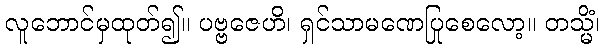
လူဘောင်မှထုတ်၍။ ပဗ္ဗဇေဟိ၊ ရှင်သာမဏေပြုစေလော့။ တသ္မိံ၊